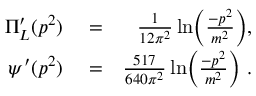
\begin{array} { r l r } { \Pi _ { L } ^ { \prime } ( p ^ { 2 } ) } & { { } = } & { \frac { 1 } { 1 2 \pi ^ { 2 } } \ln \biggl ( \frac { - p ^ { 2 } } { m ^ { 2 } } \biggr ) , } \\ { \psi ^ { \prime } ( p ^ { 2 } ) } & { { } = } & { \frac { 5 1 7 } { 6 4 0 \pi ^ { 2 } } \ln \biggl ( \frac { - p ^ { 2 } } { m ^ { 2 } } \biggr ) \ . } \end{array}